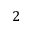
2